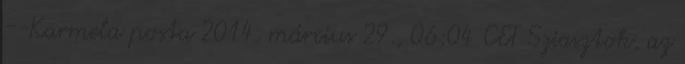
--Karmela posta 2014. március 29., 06:04 CET Sziasztok, az